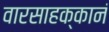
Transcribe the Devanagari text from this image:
वारसाहक्कानं